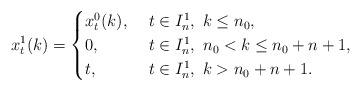
LaTeX: \begin{align*}x_{t}^1(k)=\begin{cases}x_{t}^0(k), & \ t\in I_n^1, \ k\le n_0,\\0, & \ t\in I_n^1, \ n_0< k\le n_0+n+1,\\t, & \ t\in I_n^1, \ k>n_0+n+1.\end{cases}\end{align*}